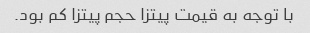
با توجه به قیمت پیتزا حجم پیتزا کم بود.